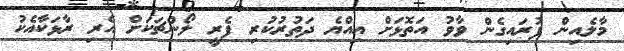
މާލެއިން ފުރައިގެން ވާވު އަތޮޅަށް އިއްޔެ ދަތުރުކުރި ފެރީ ލޯންޗަކަށް އެރި ރާޅަކާއެކު